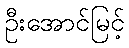
ဦးအောင်မြင့်